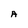
Character: A